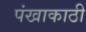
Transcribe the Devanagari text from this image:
पंखाकाठी